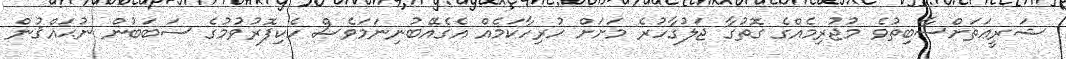
ޝަރީޢަތަށްސާބިތުވެ މުޖުރިމެއްގެ ގޮތުގާ ޖަލުގާހުރެ މަށަށް ހުރިހާކަމެއް އެގެއޭބުނިނަމަވެސް ހެކިފޮރުވުމުގެ ސަބަބުން ނުޙައްޤުން